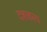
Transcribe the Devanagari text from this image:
दशकल्प